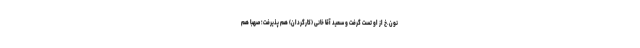
نون.خ از او تست گرفت و سعید آقا خانی (کارگردان) هم پذیرفت؛ صهبا هم